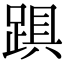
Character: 𨁺